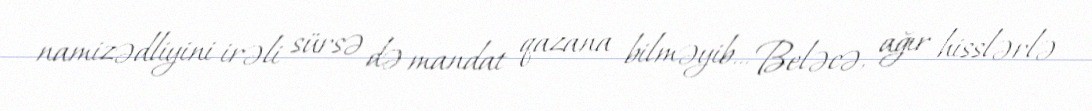
namizədliyini irəli sürsə də mandat qazana bilməyib... Beləcə, ağır hisslərlə